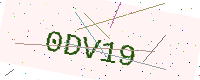
Text: 0DV19